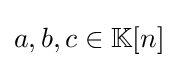
{\textstyle a,b,c\in \mathbb {K} [n]}